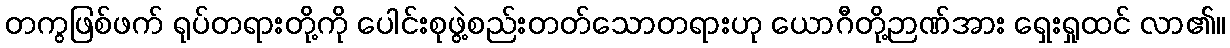
တကွဖြစ်ဖက် ရုပ်တရားတို့ကို ပေါင်းစုဖွဲ့စည်းတတ်သောတရားဟု ယောဂီတို့ဉာဏ်အား ရှေးရှုထင် လာ၏။